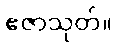
ဧဇာသုတ်။